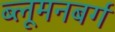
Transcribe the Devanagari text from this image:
ब्लूमनबर्ग